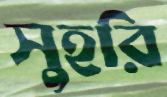
সুহরি